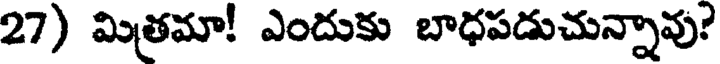
27) మిత్రమా! ఎందుకు బాధపడుచున్నావు?